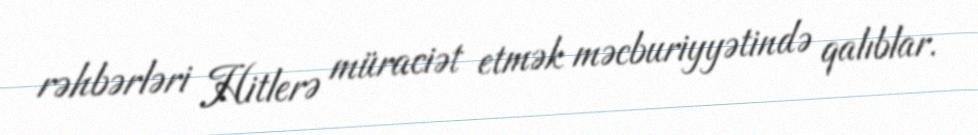
rəhbərləri Hitlerə müraciət etmək məcburiyyətində qalıblar.